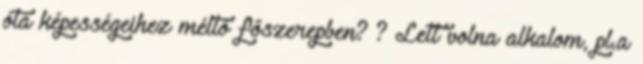
óta képességeihez méltó főszerepben? ? Lett volna alkalom, pl.a